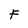
Character: F